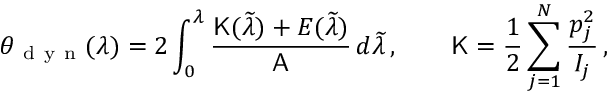
\theta _ { \mathrm { ~ d ~ y ~ n ~ } } ( \lambda ) = 2 \int _ { 0 } ^ { \lambda } \frac { \mathsf { K } ( \widetilde { \lambda } ) + E ( \widetilde { \lambda } ) } { \mathsf { A } } \, d \widetilde { \lambda } \, , \qquad \mathsf { K } = \frac { 1 } { 2 } \sum _ { j = 1 } ^ { N } \frac { p _ { j } ^ { 2 } } { I _ { j } } \, ,